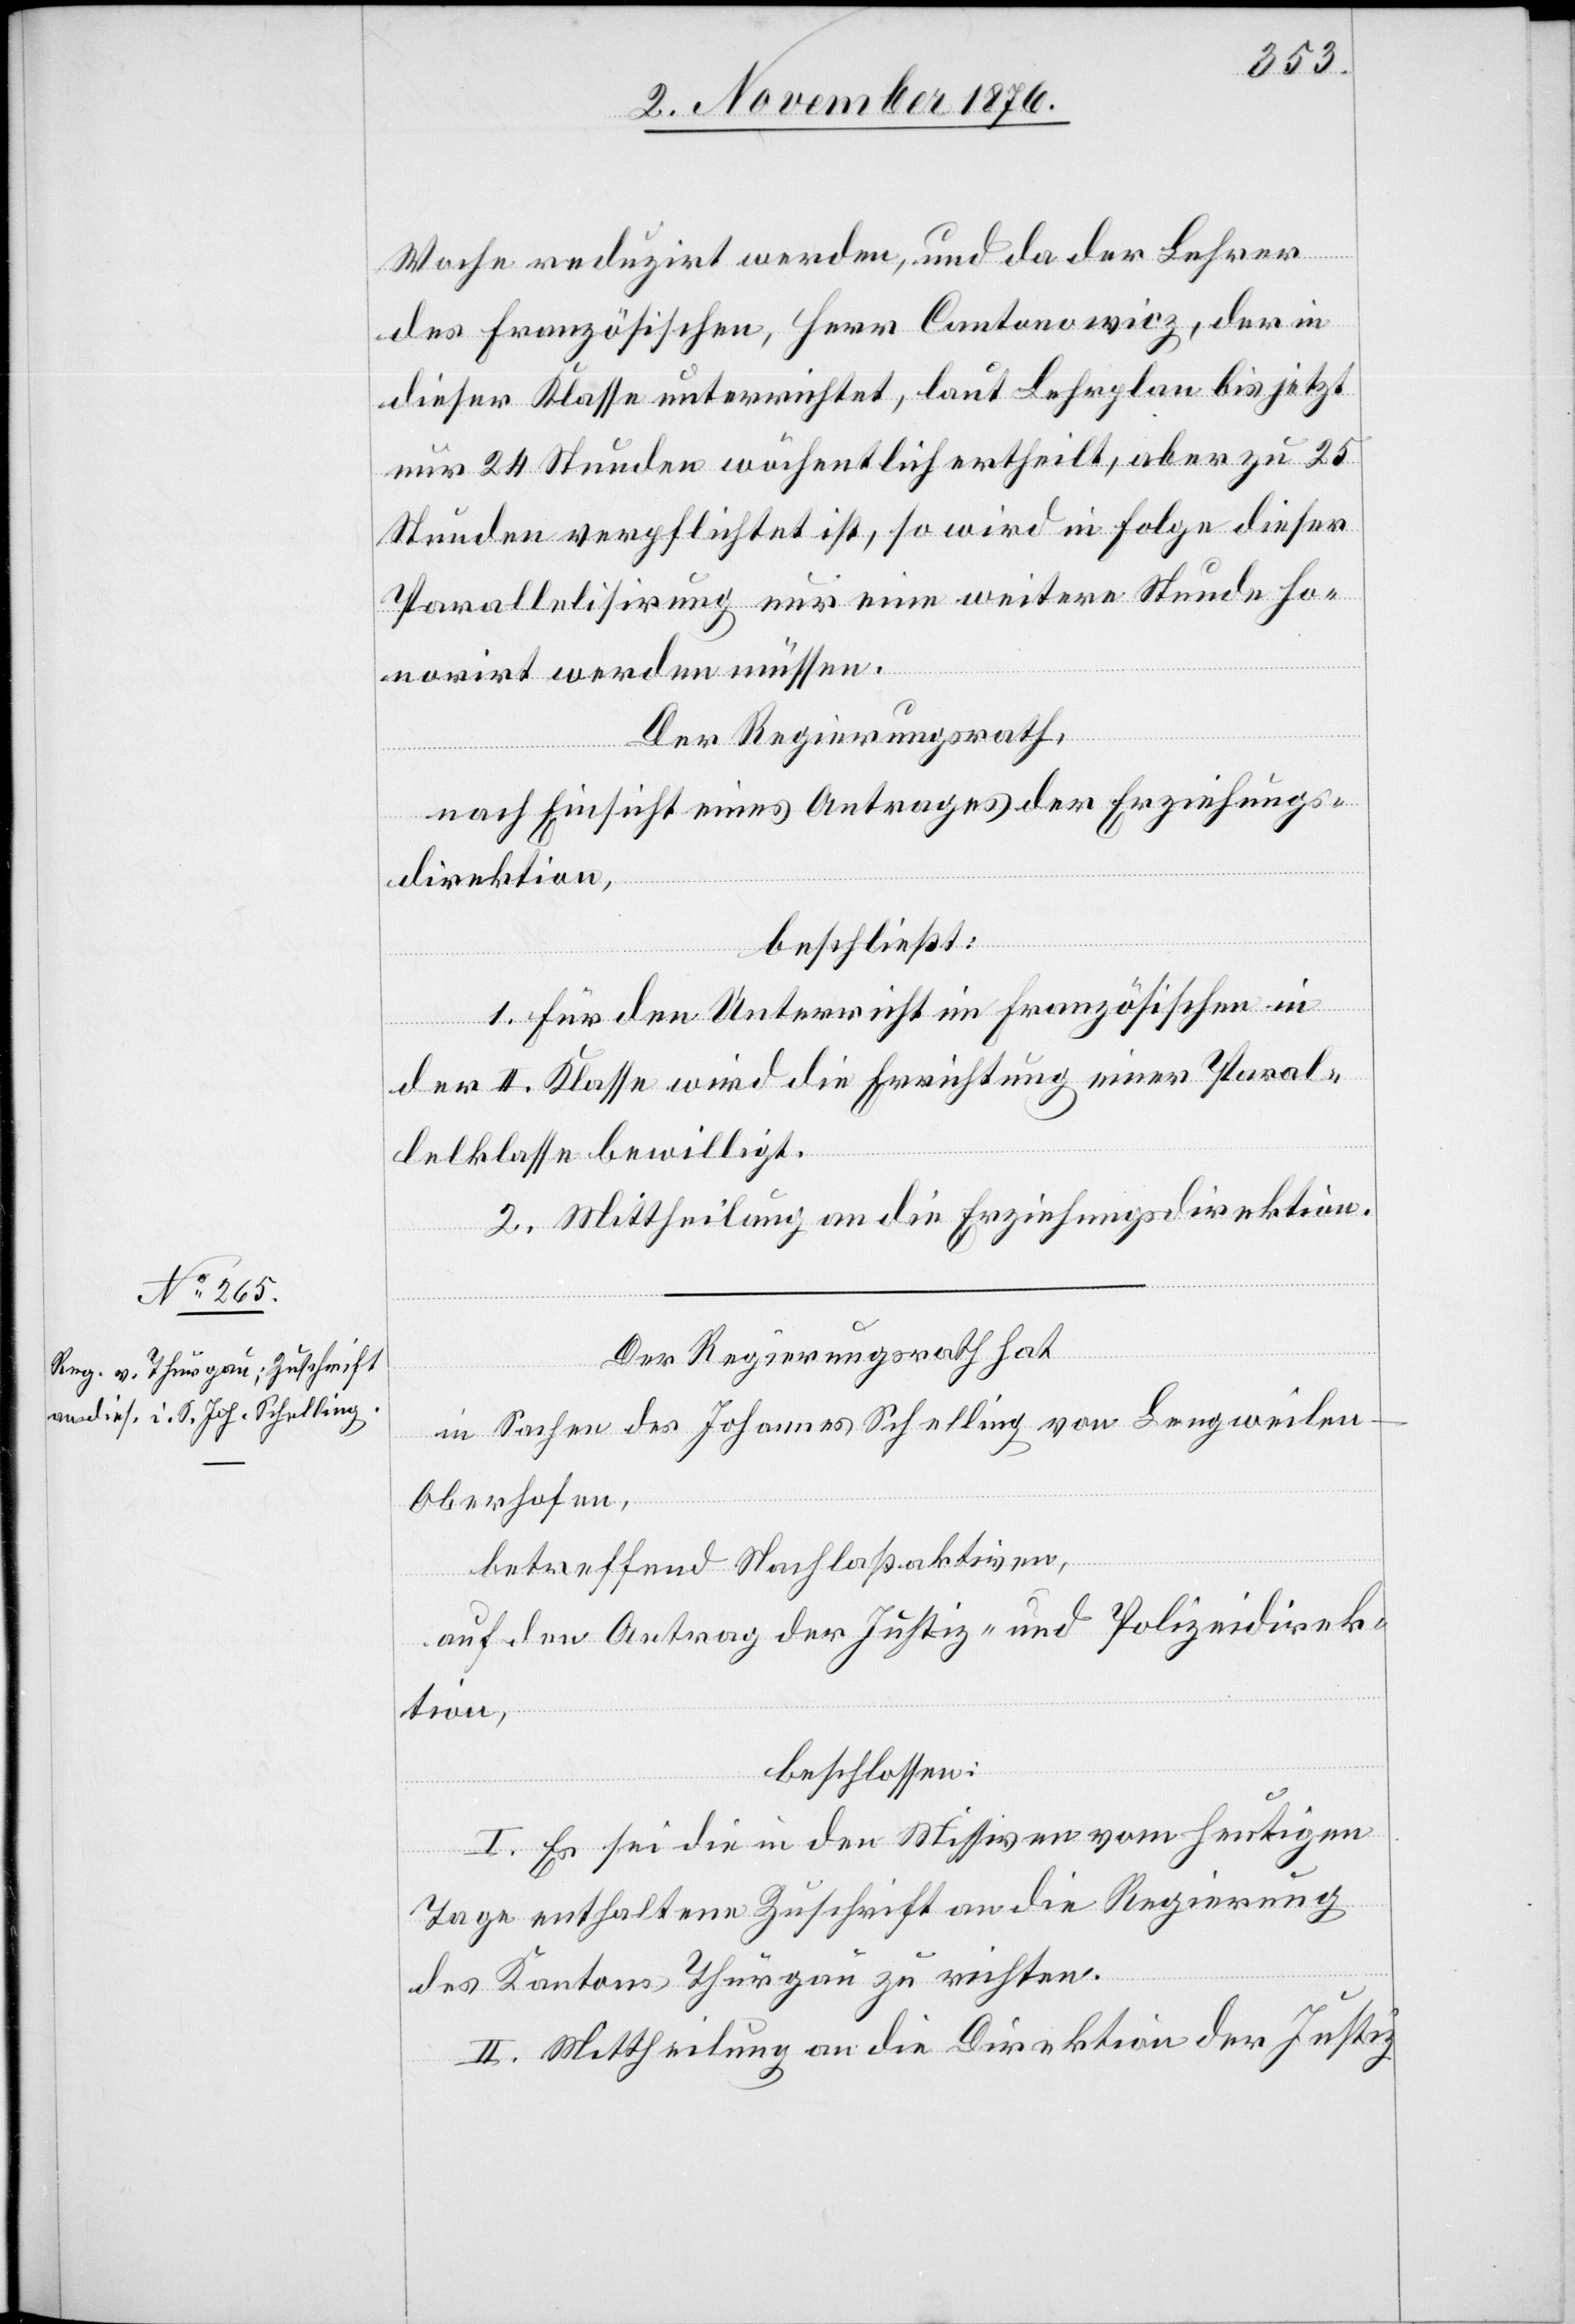
Woche reduzirt werden, und da der Lehrer
des Französischen, Herr Cantanowicz, der in
dieser Klasse unterrichtet, laut Lehrplan bis jetzt
nur 24 Stunden wöchentlich ertheilt, aber zu 25
Stunden verpflichtet ist, so wird in Folge dieser
Parallelisirung nur eine weitere Stunde ho¬
norirt werden müssen.
Der Regierungsrath,
nach Einsicht eines Antrages der Erziehungs¬
direktion,
beschließt:
1. Für den Unterricht im Französischen in
der II. Klasse wird die Errichtung einer Paral¬
lelklasse bewilligt.
2. Mittheilung an die Erziehungsdirektion.
Der Regierungsrath hat
in Sachen des Johannes Schelling von Lengweilen
Oberhofen,
betreffend Nachlaßaktiven,
auf den Antrag der Justiz- und Polizeidirek¬
tion,
beschlossen:
I. Es sei die in den Missiven vom heutigen
Tage enthaltene Zuschrift an die Regierung
des Kantons Thurgau zu richten.
II. Mittheilung an die Direktion der Justiz